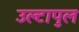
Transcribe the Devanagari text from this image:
उल्‍टापुल